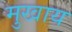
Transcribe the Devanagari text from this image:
मुखाय